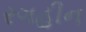
રગહીન